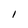
Character: I